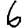
Digit: 6